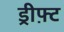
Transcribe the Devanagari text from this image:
ड्रीफ़्ट